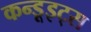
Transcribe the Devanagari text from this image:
कन्डूइट्स